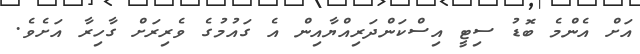
އަށް އެންމެ ބޮޑު ސިޓީ އިސްކަންދަރިއްޔާއިން އެ ގައުމުގެ ވެރިރަށް ގާހިރާ އަށެވެ.